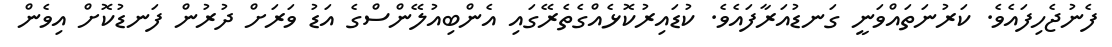
ފެނުޖެހިފައެވެ. ކަރުނަތައްވަނީ ގަނޑުއަރާފައެވެ. ކުޑައިރުކޮޅެއްގެތެރޭގައި އެންބިއުލޭންސްގެ އަޑު ވަރަށް ދުރުން ފަނޑުކޮށް އިވެން